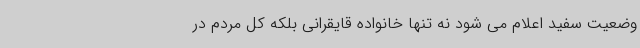
وضعیت سفید اعلام می شود نه تنها خانواده قایقرانی بلکه کل مردم در